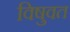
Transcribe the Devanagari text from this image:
विषुवत